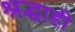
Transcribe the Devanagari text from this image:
श्रद्धाही